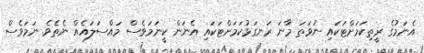
އެނަމުގެ ރީތިކަމަށްޓަކައި ނުވަތަ މާނަ ރަނގަޅުކަމަށްޓަކައި އެނަން ކީނަމަވެސް މައްސަލައެއް ނެތެވެ. ނަމަވެސް